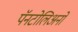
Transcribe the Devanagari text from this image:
पॅनटोलिअनो